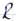
Text: R